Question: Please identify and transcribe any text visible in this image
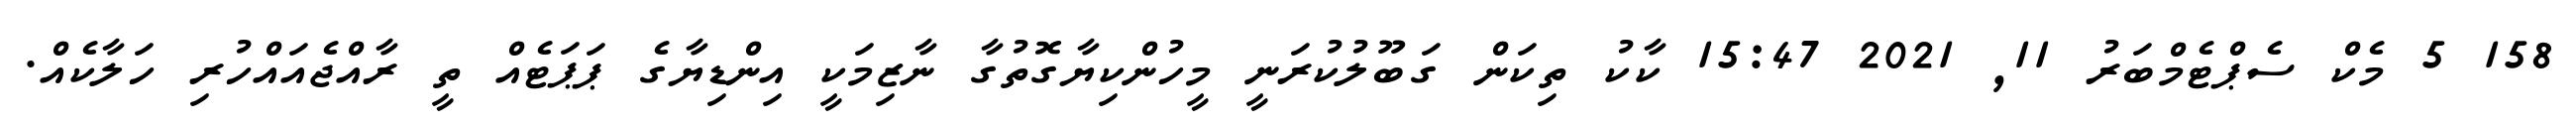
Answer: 158 5 މެކް ސެޕްޓެމްބަރު 11, 2021 15:47 ކާކު ތިކަން ގަބޫލުކުރަނީ މީހުންކިޔާގޮތުގާ ނާޒިމަކީ އިންޑިޔާގެ ޕަޕަޓެއް ތީ ރާއްޖެއައްހުރި ހަލާކެއް.